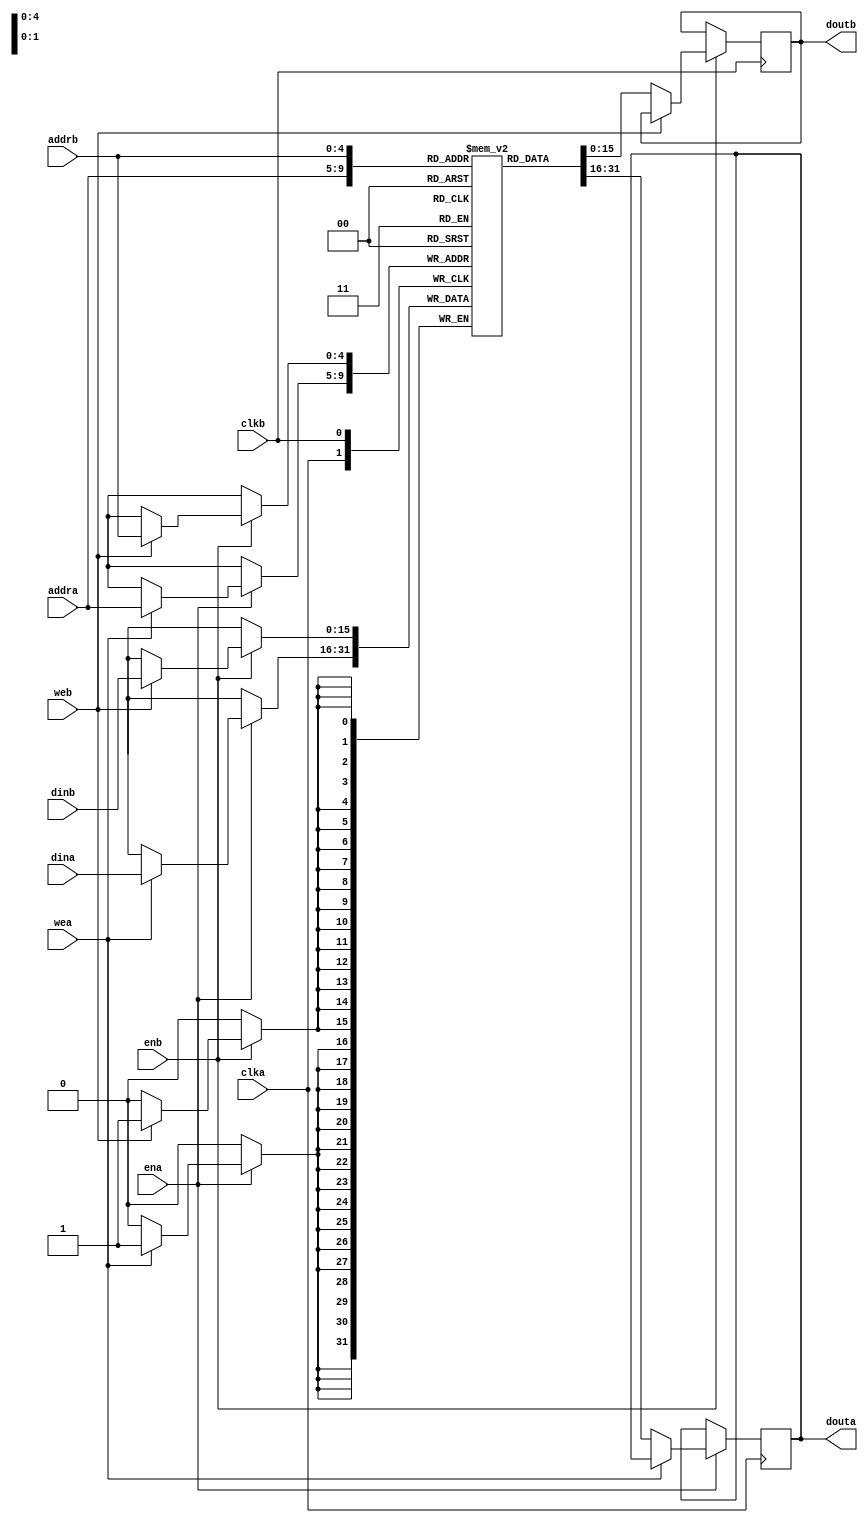
module  duport_ram
#(
    parameter ADDR_WIDTH = 5,
    parameter DATA_WIDTH = 16
) 
(clka,clkb,ena,enb,wea,web,addra,addrb,dina,dinb,douta,doutb);

 

input clka,clkb,ena,enb,wea,web;

input [ADDR_WIDTH-1:0] addra,addrb;

input [DATA_WIDTH-1:0] dina,dinb;

output [DATA_WIDTH-1:0] douta,doutb;

reg [DATA_WIDTH-1:0] douta_reg,doutb_reg;
reg[DATA_WIDTH-1:0] ram [(1<<ADDR_WIDTH)-1:0];

assign douta = douta_reg;
assign doutb = doutb_reg;
 

always @(posedge clka) begin 
if (ena) begin
    if (wea)
        ram[addra] <= dina;
    else
        douta_reg <= ram[addra];
    
end
end
 

always @(posedge clkb) begin 
if (enb) begin
    if (web)
        ram[addrb] <= dinb;
    else
        doutb_reg <= ram[addrb];

end
end
endmodule